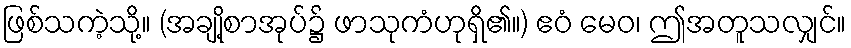
ဖြစ်သကဲ့သို့။ (အချို့စာအုပ်၌ ဖာသုကံဟုရှိ၏။) ဧဝံ မေဝ၊ ဤအတူသလျှင်။